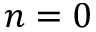
n = 0